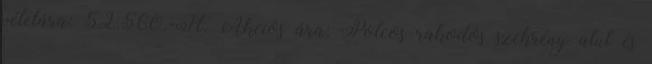
vételára: 52.560.-Ft. Akciós ára: Polcos rakodós szekrény alul és